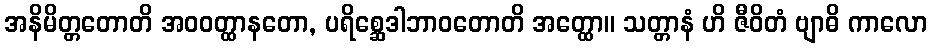
အနိမိတ္တတောတိ အဝဝတ္ထာနတော, ပရိစ္ဆေဒါဘာဝတောတိ အတ္ထော။ သတ္တာနံ ဟိ ဇီဝိတံ ဗျာဓိ ကာလော